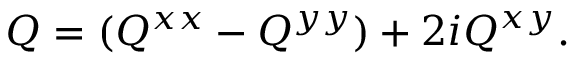
Q = ( Q ^ { x x } - Q ^ { y y } ) + 2 i Q ^ { x y } .